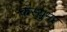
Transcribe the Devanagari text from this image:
कंस्युमर